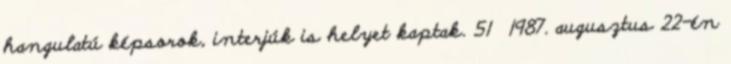
hangulatú képsorok, interjúk is helyet kaptak. 51 1987. augusztus 22-én